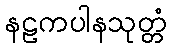
နဠကပါနသုတ္တံ